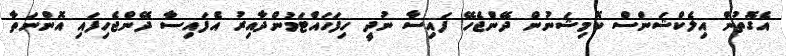
އެގޮތުން އިލެކްޝަންސް ކޮމިޝަނުން ދޭންެޖެހޭ ފައިސާ ނުދީ ހިފަހައްޓަމުންދާއިރު އެފައިސާ ދޭންޖެހިފައި އޮންނަތާ